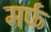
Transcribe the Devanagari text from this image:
मर्फ